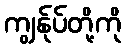
ကျွန်ုပ်တို့ကို